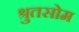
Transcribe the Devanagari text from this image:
श्रुतसोम